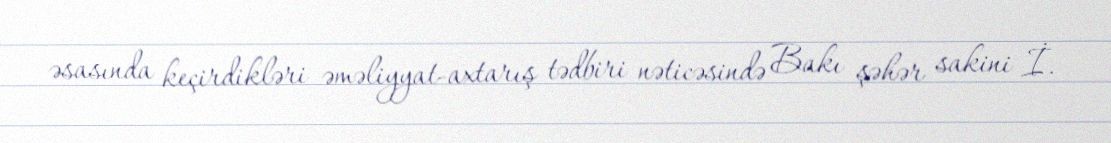
əsasında keçirdikləri əməliyyat-axtarış tədbiri nəticəsində Bakı şəhər sakini İ.